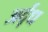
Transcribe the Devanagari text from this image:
अर्द्‌ध